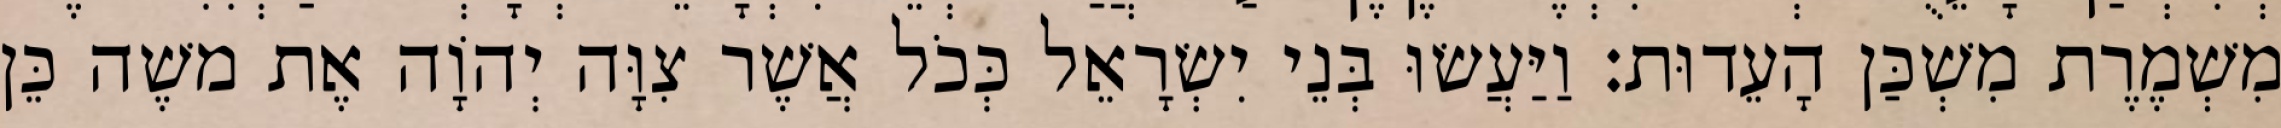
מִשְׁמֶרֶת מִשְׁכַּן הָעֵדוּת׃ וַיַּעֲשׂוּ בְּנֵי יִשְׂרָאֵל כְּכֹל אֲשֶׁר צִוָּה יְהוָֹה אֶת משֶׁה כֵּן